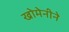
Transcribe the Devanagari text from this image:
खोमेनीने